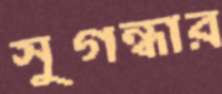
সুগন্ধার